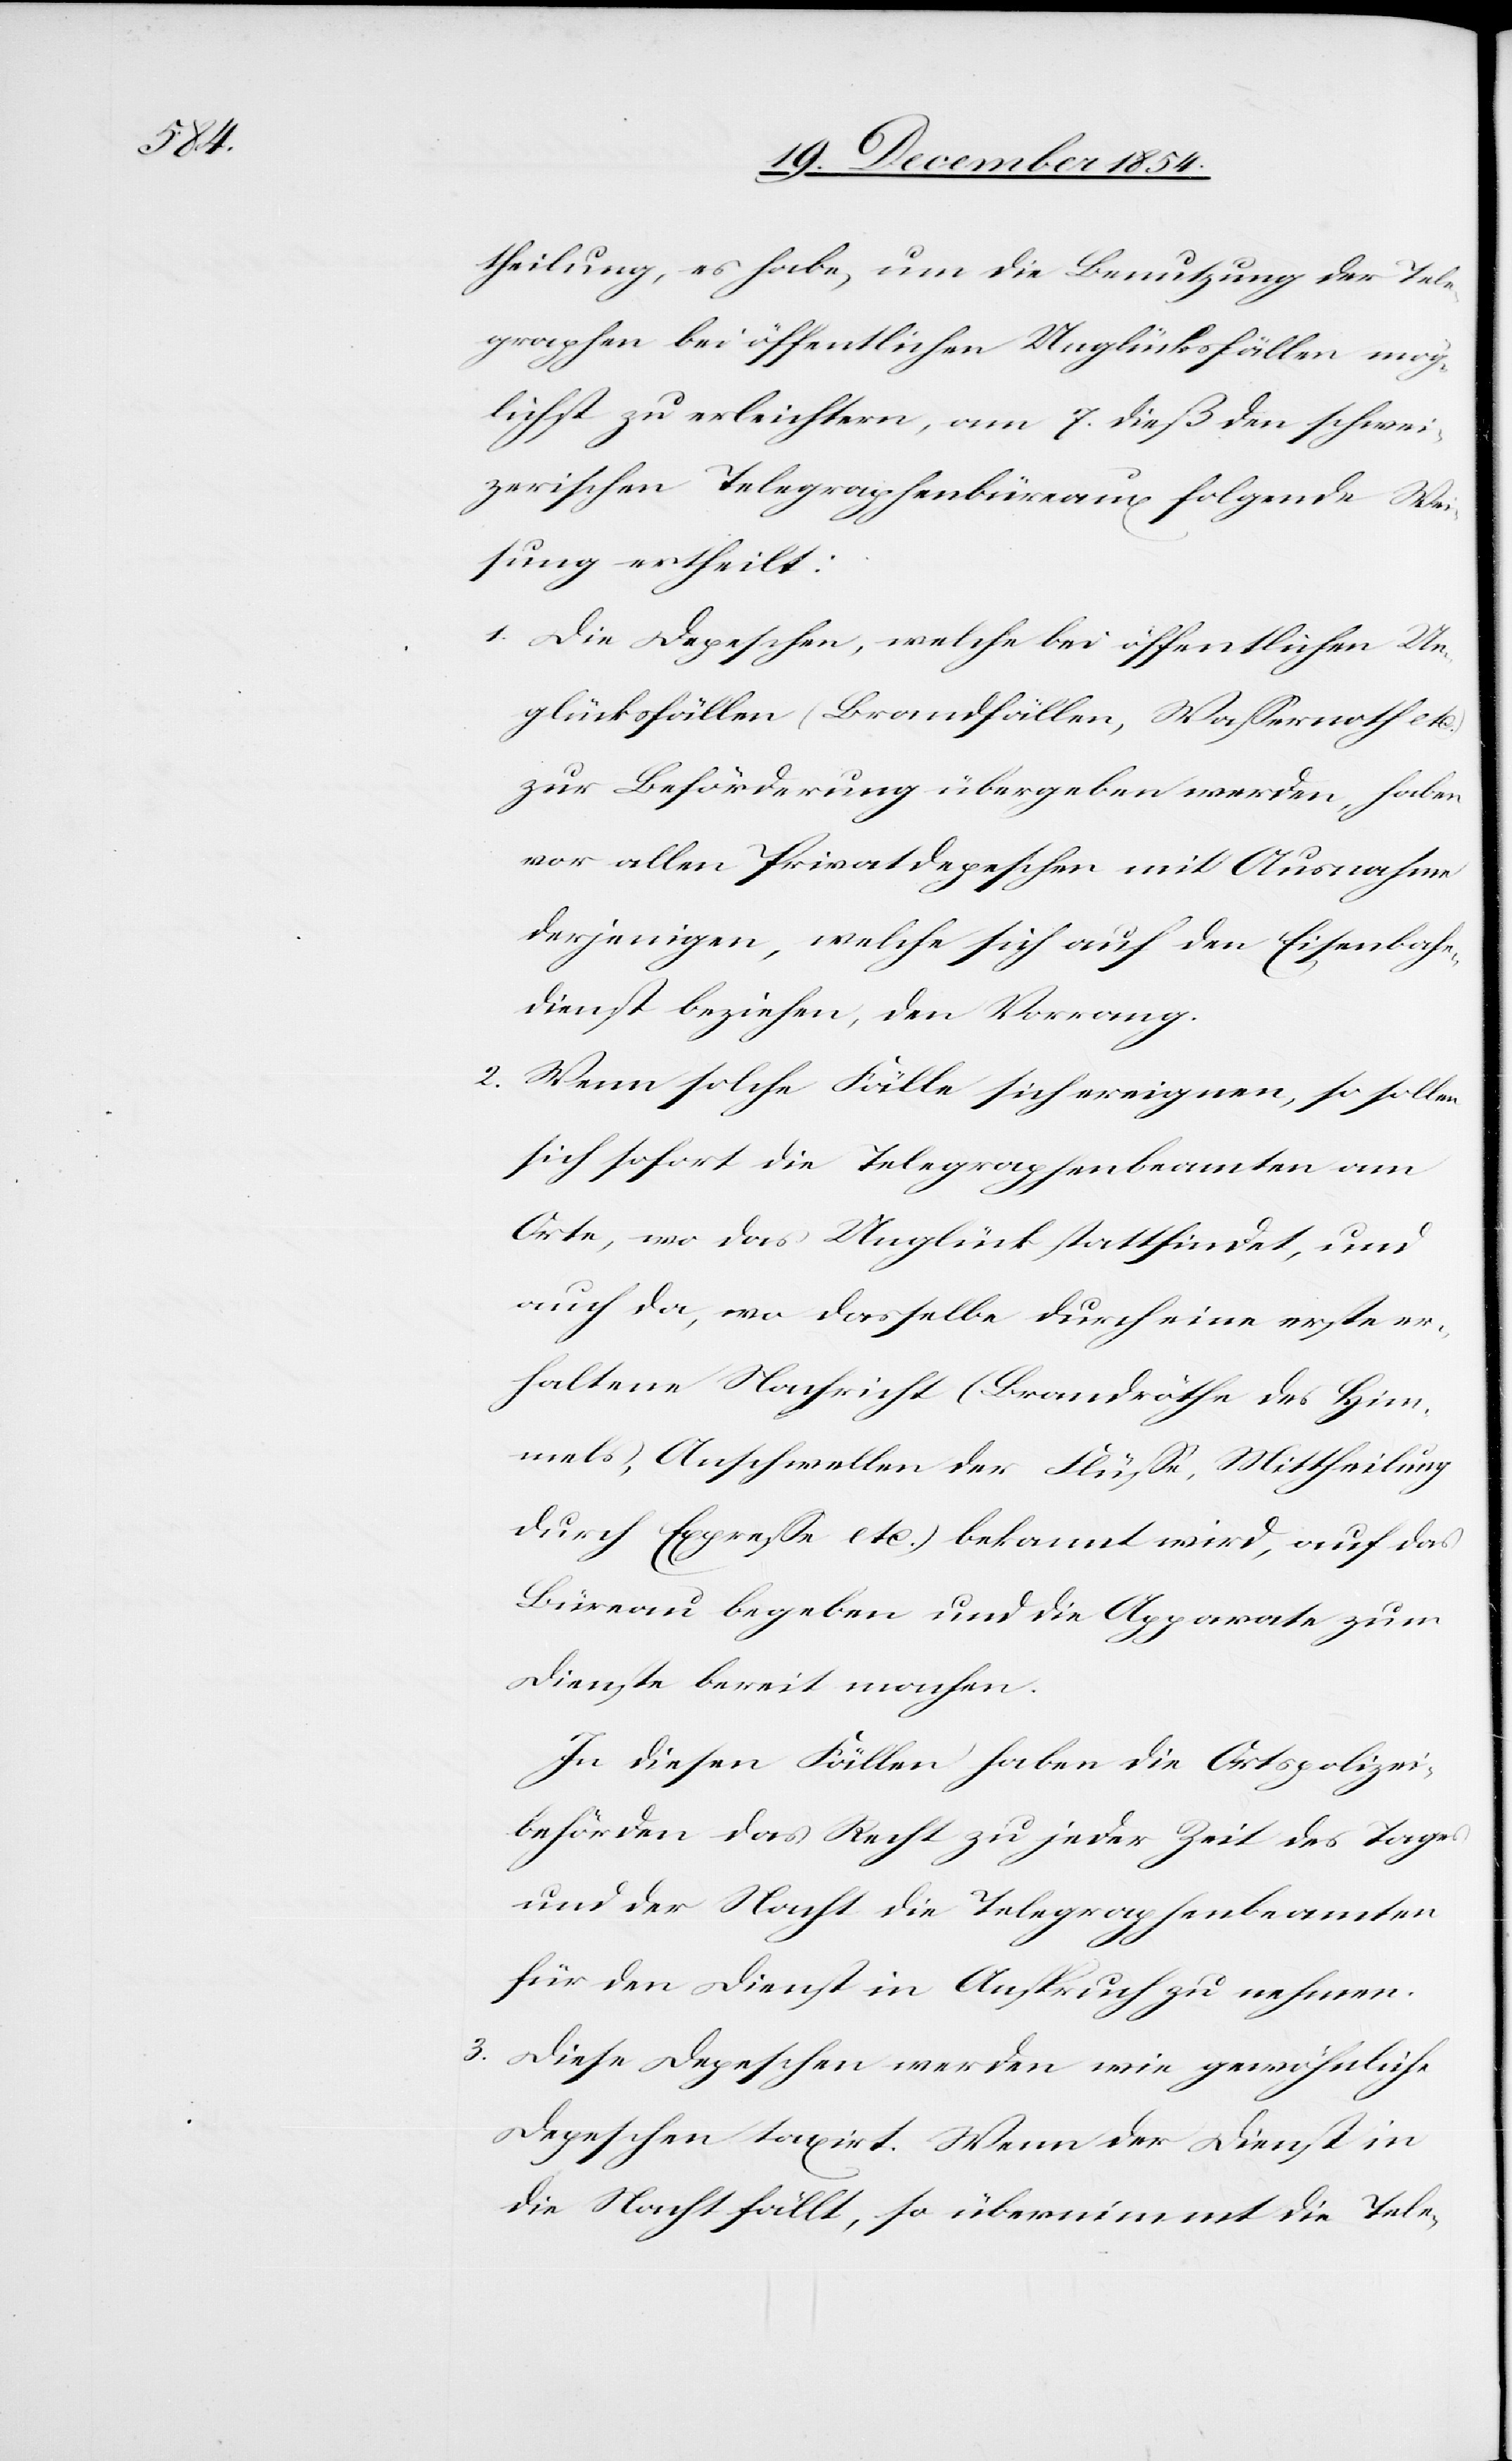
theilung, es habe, um die Benutzung der Tele¬
graphen bei öffentlichen Unglücksfällen mög¬
lichst zu erleichtern, am 7. dieß den schwei¬
zerischen Telegraphenbüreaux folgende Wei¬
sung ertheilt:
1. Die Depeschen, welche bei öffentlichen Un¬
glücksfällen (Brandfällen, Waßernoth etc.)
zur Beförderung übergeben werden, haben
vor allen Privatdepeschen mit Ausnahme
derjenigen, welche sich auf den Eisenbahn¬
dienst beziehen, den Vorrang.
2. Wenn solche Fälle sich ereignen, so sollten
sich sofort die Telegraphenbeamten am
Orte, wo das Unglück stattfindet und
auch da, wo dasselbe durch eine erste er¬
haltene Nachricht (Brandröthe des Him¬
mels, Anschwellen der Flüße, Mittheilung
durch Expreße etc.) bekannt wird, auf das
Büreau begeben und die Apparate zum
Dienste bereit machen.
In diesen Fällen haben die Ortspolizei¬
behörden das Recht zu jeder Zeit des Tages
und der Nacht die Telegraphenbeamten
für den Dienst in Anspruch zu nehmen.
3. Diese Depeschen werden wie gewöhnliche
Depeschen taxirt. Wenn der Dienst in
die Nacht fällt, so übernimmt die Tele-